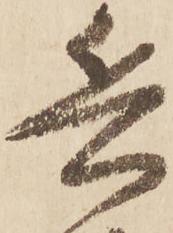
兵